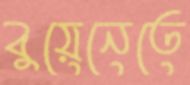
বুয়েনেতে